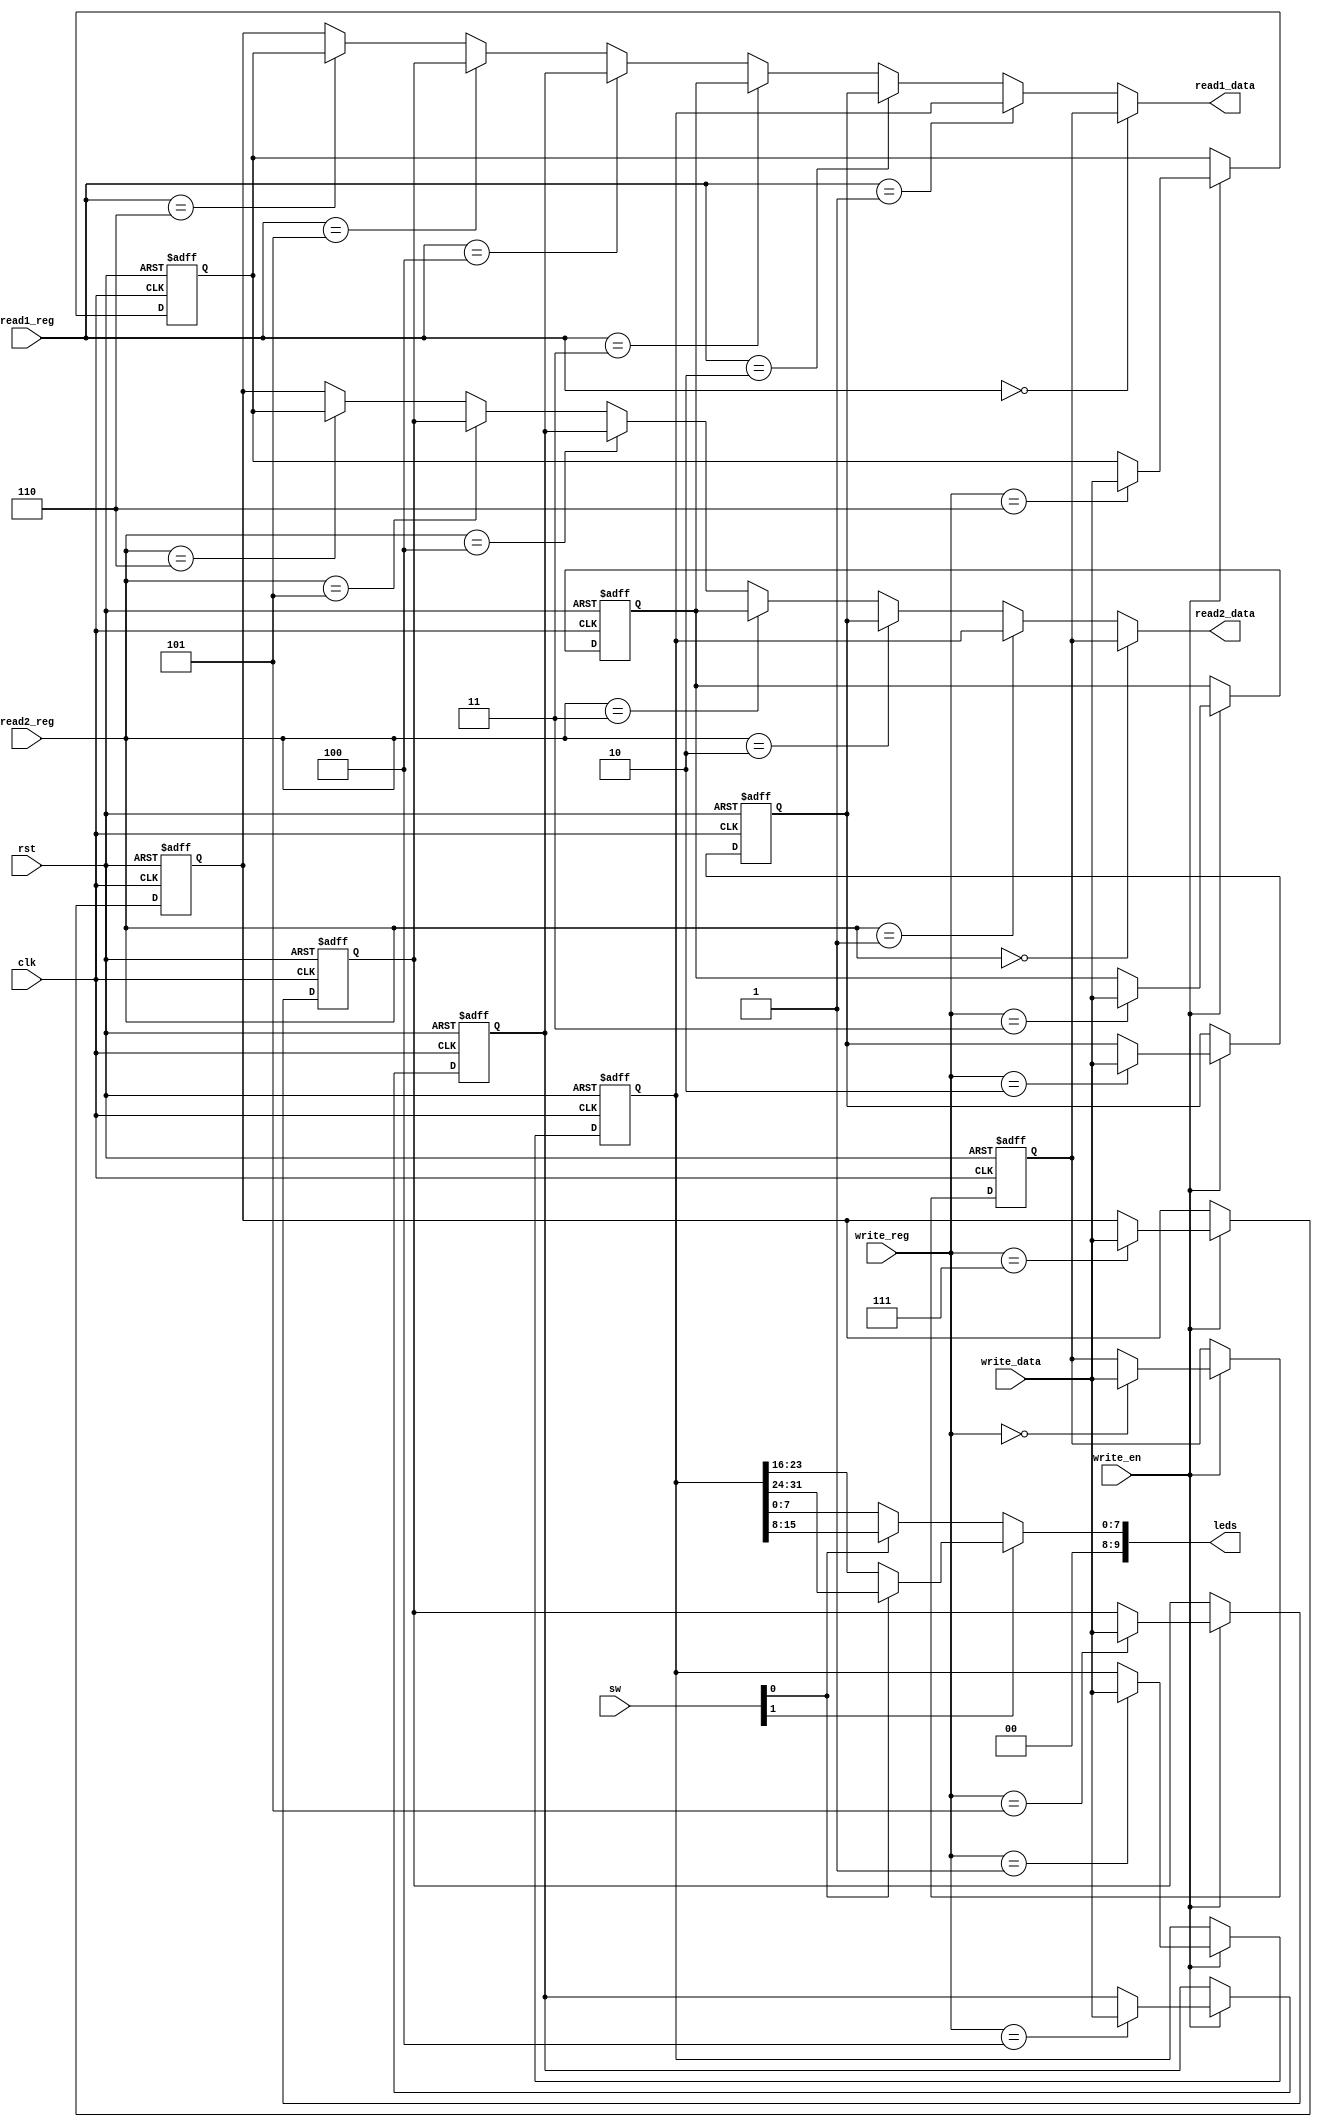
module rf(clk, rst, read1_reg, read2_reg, write_reg, write_data, write_en, read1_data, read2_data,leds, sw);
  
  input [2:0]read1_reg, read2_reg, write_reg;
  input [31:0]write_data;
  input write_en, clk, rst;
  output [9:0]leds;
  input [1:0] sw;
  
  output [31:0]read1_data, read2_data;
  
 
  // registers
  reg [31:0] reg0, reg1, reg2, reg3, reg4, reg5, reg6, reg7;

  // read data
  assign read1_data = read1_reg == 3'b000 ? reg0 :
							 read1_reg == 3'b001 ? reg1 :
							 read1_reg == 3'b010 ? reg2 :
                      read1_reg == 3'b011 ? reg3 :
                      read1_reg == 3'b100 ? reg4 :
                      read1_reg == 3'b101 ? reg5 :
                      read1_reg == 3'b110 ? reg6 : reg7;

  assign read2_data = read2_reg == 3'b000 ? reg0 :
							 read2_reg == 3'b001 ? reg1 :
							 read2_reg == 3'b010 ? reg2 :
                      read2_reg == 3'b011 ? reg3 :
                      read2_reg == 3'b100 ? reg4 :
                      read2_reg == 3'b101 ? reg5 :
                      read2_reg == 3'b110 ? reg6 : reg7;

  assign leds = sw[1] ? (sw[0] ? reg1[31:24] : reg1[23:16]) : (sw[0] ? reg1[15:8] : reg1[7:0]);
  

  //write data
  always @(posedge clk, posedge rst) begin   
  	if (rst) begin
		reg0 <= 0;
		reg1 <= 0;
		reg2 <= 0;
		reg3 <= 0;
		reg4 <= 0;
		reg5 <= 0;
		reg6 <= 0;
		reg7 <= 0;
	end
	else if (write_en) begin
        	case (write_reg) 
			3'b000: reg0 <= write_data;
			3'b001: reg1 <= write_data;
			3'b010: reg2 <= write_data;
			3'b011: reg3 <= write_data;
			3'b100: reg4 <= write_data;
			3'b101: reg5 <= write_data;
			3'b110: reg6 <= write_data;
			3'b111: reg7 <= write_data;
		endcase
	end
  end 

endmodule